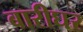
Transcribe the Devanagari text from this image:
बारीघर